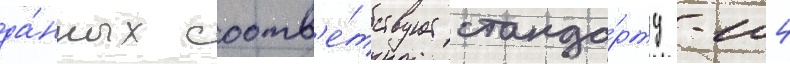
да́нных соотв'е́тствует станда́рту -104